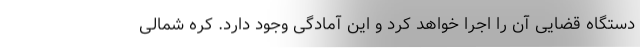
دستگاه قضایی آن را اجرا خواهد کرد و این آمادگی وجود دارد. کره شمالی